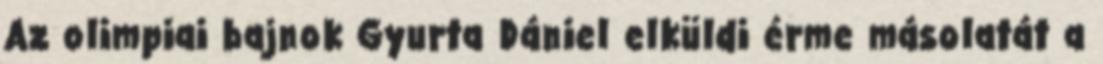
Az olimpiai bajnok Gyurta Dániel elküldi érme másolatát a